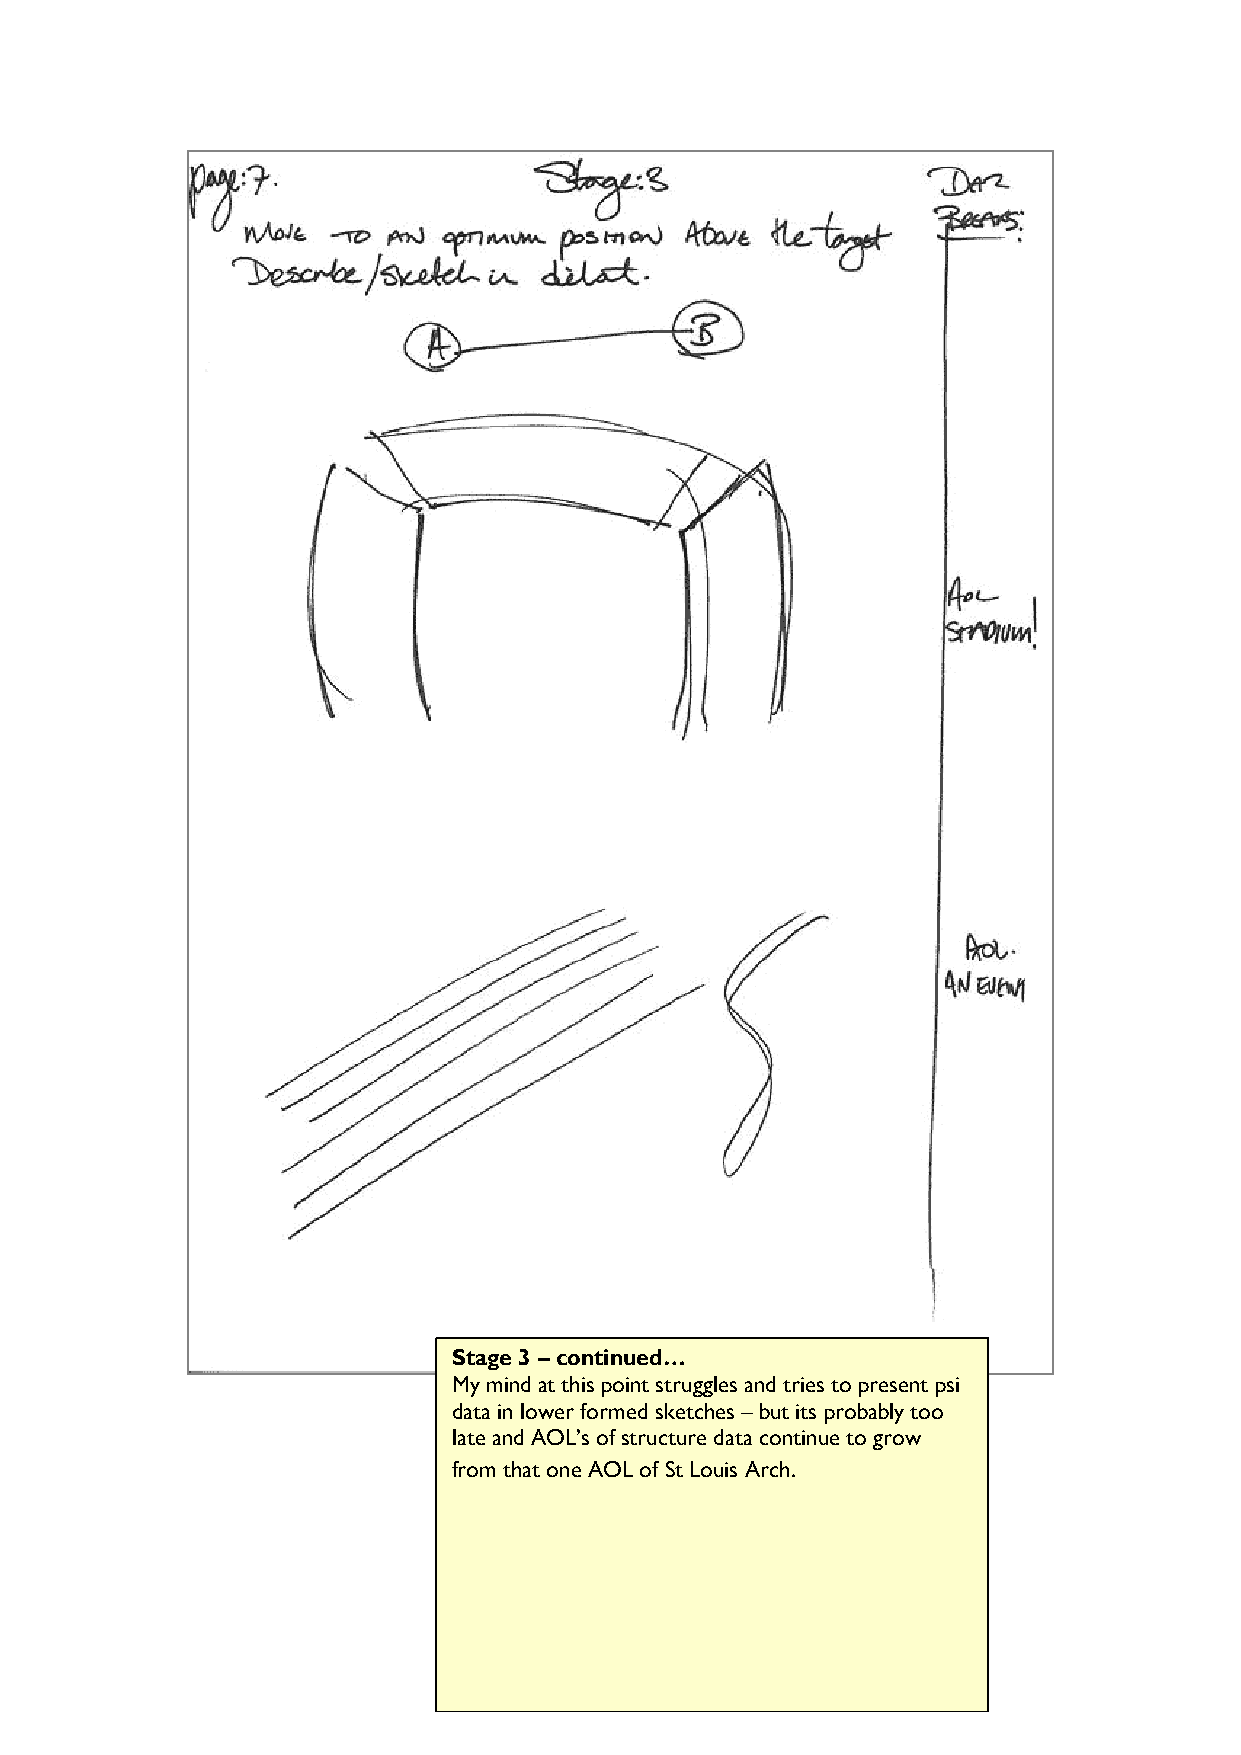
Stage 3 – continued…
 My mind at this point struggles and tries to present psi
 data in lower formed sketches – but its probably too
 late and AOL’s of structure data continue to grow
 from that one AOL of St Louis Arch.